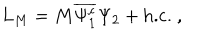
L _ { M } = M \overline { { { \Psi _ { 1 } ^ { c } } } } \Psi _ { 2 } + \mathrm { h . c . } ~ ,